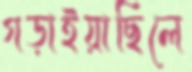
গড়াইয়াছিলে